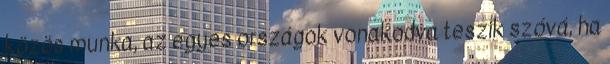
közös munka, az egyes országok vonakodva teszik szóvá, ha